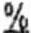
%